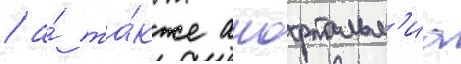
/ а́ та́кже анофтальм'иа